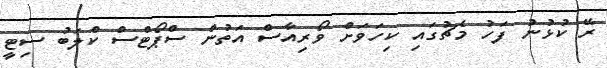
ރޭ ކުޅުނު ފަހު މެޗުގައި ކިހަވަށް ވޯރިއާސް އަތުން ސްޕޯޓްސް ކްލަބު ސިޓީ